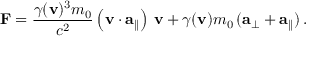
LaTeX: \mathbf { F } = { \frac { \gamma ( \mathbf { v } ) ^ { 3 } m _ { 0 } } { c ^ { 2 } } } \left( \mathbf { v } \cdot \mathbf { a } _ { \parallel } \right) \, \mathbf { v } + \gamma ( \mathbf { v } ) m _ { 0 } \, ( \mathbf { a } _ { \perp } + \mathbf { a } _ { \parallel } ) \, .